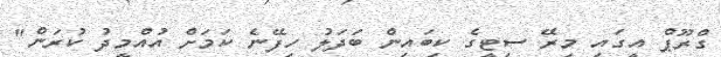
ގްރޫޕް އީގައި މިރޭ ސިޓީގެ ކިބައިން ބަދަލު ހިފޭނެ ކަމަށް އުއްމީދު ކުރަން"